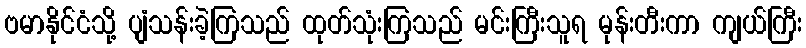
ဗမာနိုင်ငံသို့ ပျံသန်းခဲ့ကြသည် ထုတ်သုံးကြသည် မင်းကြီးသူရ မုန်းတီးကာ ကျယ်ကြီး